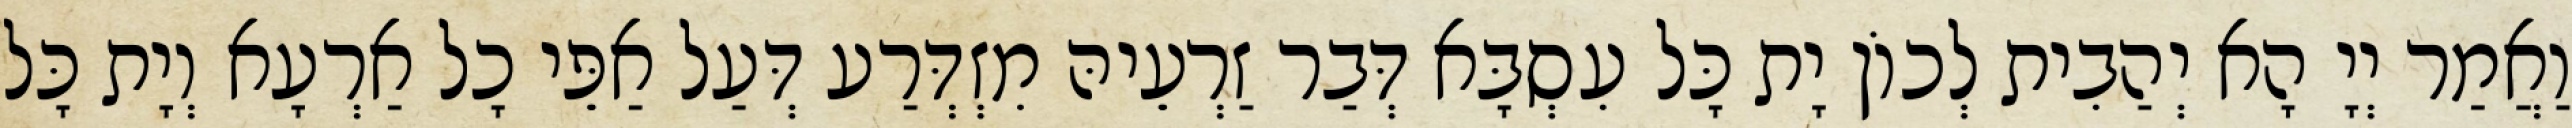
וַאֲמַר יְיָ הָא יְהַבִית לְכוֹן יָת כָּל עִסְבָּא דְּבַר זַרְעֵיהּ מִזְדְּרַע דְּעַל אַפֵּי כָל אַרְעָא וְיָת כָּל